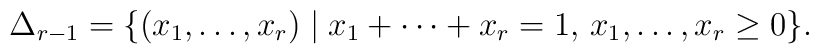
\Delta_{r-1}=\{(x_1,\dots,x_r)\mid x_1+\cdots+x_r=1,\, x_1,\dots,x_r\geq 0\}.